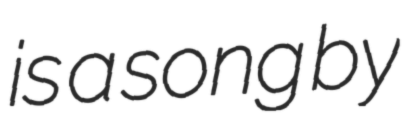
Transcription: is a song by